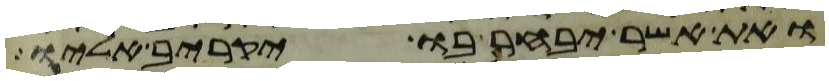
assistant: ואת אשר יבחר בו יקריב אליו